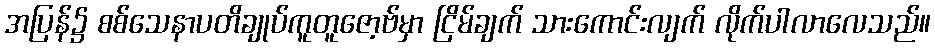
အပြန်၌ စစ်သေနာပတိချုပ်ကူတူဇော့ဗ်မှာ ငြိမ်ချက် သားကောင်းလျက် လိုက်ပါလာလေသည်။